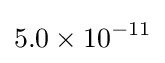
5.0\times 10^{-11}